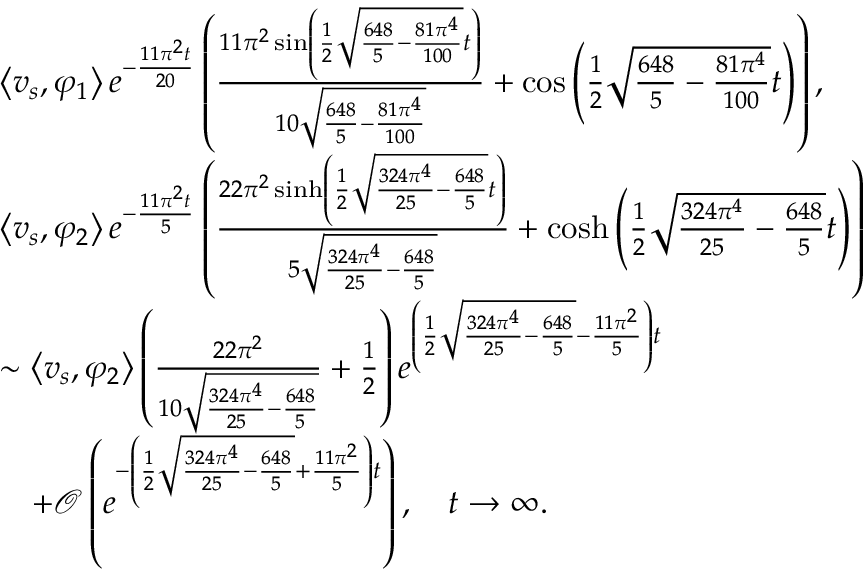
\begin{array} { r l } & { \left\langle v _ { s } , \varphi _ { 1 } \right\rangle e ^ { - \frac { 1 1 \pi ^ { 2 } t } { 2 0 } } \left( \frac { 1 1 \pi ^ { 2 } \sin \left( \frac { 1 } { 2 } \sqrt { \frac { 6 4 8 } { 5 } - \frac { 8 1 \pi ^ { 4 } } { 1 0 0 } } t \right) } { 1 0 \sqrt { \frac { 6 4 8 } { 5 } - \frac { 8 1 \pi ^ { 4 } } { 1 0 0 } } } + \cos \left( \frac { 1 } { 2 } \sqrt { \frac { 6 4 8 } { 5 } - \frac { 8 1 \pi ^ { 4 } } { 1 0 0 } } t \right) \right) , } \\ & { \left\langle v _ { s } , \varphi _ { 2 } \right\rangle e ^ { - \frac { 1 1 \pi ^ { 2 } t } { 5 } } \left( \frac { 2 2 \pi ^ { 2 } \sinh \left( \frac { 1 } { 2 } \sqrt { \frac { 3 2 4 \pi ^ { 4 } } { 2 5 } - \frac { 6 4 8 } { 5 } } t \right) } { 5 \sqrt { \frac { 3 2 4 \pi ^ { 4 } } { 2 5 } - \frac { 6 4 8 } { 5 } } } + \cosh \left( \frac { 1 } { 2 } \sqrt { \frac { 3 2 4 \pi ^ { 4 } } { 2 5 } - \frac { 6 4 8 } { 5 } } t \right) \right) } \\ & { \sim \left\langle v _ { s } , \varphi _ { 2 } \right\rangle \left( \frac { 2 2 \pi ^ { 2 } } { 1 0 \sqrt { \frac { 3 2 4 \pi ^ { 4 } } { 2 5 } - \frac { 6 4 8 } { 5 } } } + \frac { 1 } { 2 } \right) e ^ { \left( \frac { 1 } { 2 } \sqrt { \frac { 3 2 4 \pi ^ { 4 } } { 2 5 } - \frac { 6 4 8 } { 5 } } - \frac { 1 1 \pi ^ { 2 } } { 5 } \right) t } } \\ & { \quad + \mathcal { O } \left( e ^ { - \left( \frac { 1 } { 2 } \sqrt { \frac { 3 2 4 \pi ^ { 4 } } { 2 5 } - \frac { 6 4 8 } { 5 } } + \frac { 1 1 \pi ^ { 2 } } { 5 } \right) t } \right) , \quad t \rightarrow \infty . } \end{array}